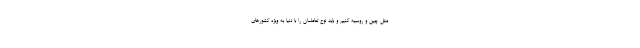
مثل چین و روسیه کنیم و باید نوع تعاملمان را با دنیا به ویژه کشورهای